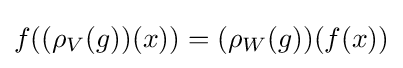
f((\rho _{V}(g))(x))=(\rho _{W}(g))(f(x))